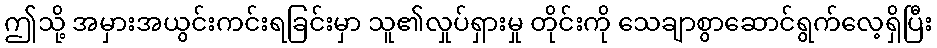
ဤသို့ အမှားအယွင်းကင်းရခြင်းမှာ သူ၏လှုပ်ရှားမှု တိုင်းကို သေချာစွာဆောင်ရွက်လေ့ရှိပြီး